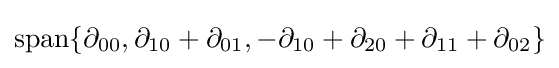
\operatorname {span} \{\partial _{00},\partial _{10}+\partial _{01},-\partial _{10}+\partial _{20}+\partial _{11}+\partial _{02}\}